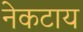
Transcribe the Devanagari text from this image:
नेकटाय